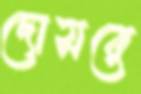
দোসরে